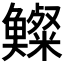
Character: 𩾍